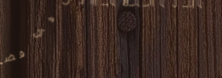
مكتب محاماة متخصص في قضاي